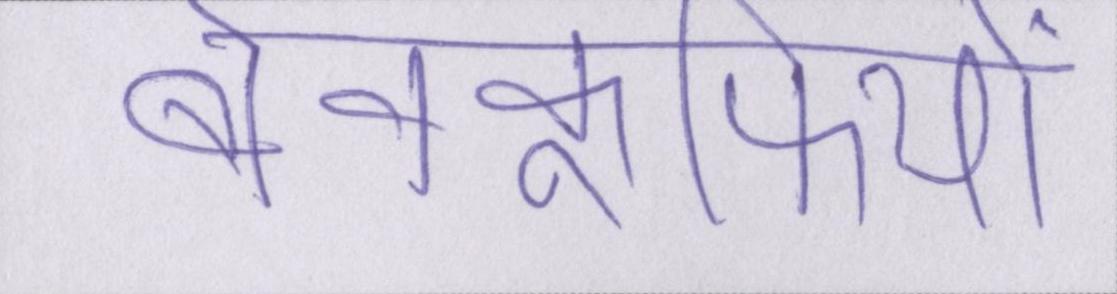
बेवकूफियों